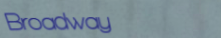
Broadway